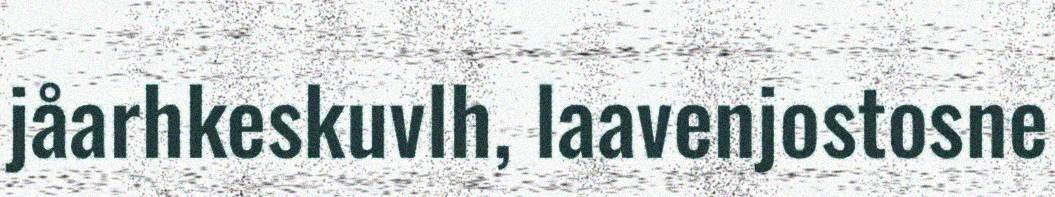
jåarhkeskuvlh, laavenjostosne